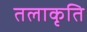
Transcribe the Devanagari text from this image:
तलाकृति